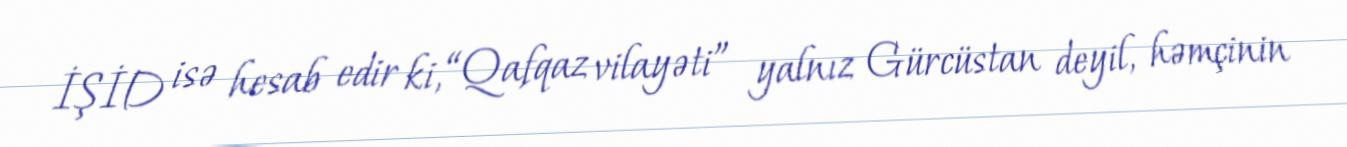
İŞİD isə hesab edir ki, “Qafqaz vilayəti” yalnız Gürcüstan deyil, həmçinin